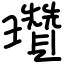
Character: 瓚